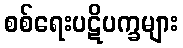
စစ်ရေးပဋိပက္ခများ